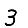
Digit: 3